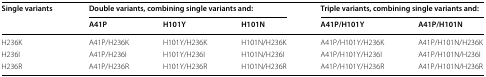
<table><thead><tr><td rowspan="2"><b>Single variants</b></td><td colspan="3"><b>Double variants, combining single variants and:</b></td><td colspan="2"><b>Triple variants, combining single variants and:</b></td></tr><tr><td><b>A41P</b></td><td><b>H101Y</b></td><td><b>H101N</b></td><td><b>A41P/H101Y</b></td><td><b>A41P/H101N</b></td></tr></thead><tbody><tr><td>H236K</td><td>A41P/H236K</td><td>H101Y/H236K</td><td>H101N/H236K</td><td>A41P/H101Y/H236K</td><td>A41P/H101N/H236K</td></tr><tr><td>H236I</td><td>A41P/H236I</td><td>H101Y/H236I</td><td>H101N/H236I</td><td>A41P/H101Y/H236I</td><td>A41P/H101N/H236I</td></tr><tr><td>H236R</td><td>A41P/H236R</td><td>H101Y/H236R</td><td>H101N/H236R</td><td>A41P/H101Y/H236R</td><td>A41P/H101N/H236R</td></tr></tbody></table>